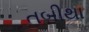
તબીથા